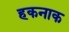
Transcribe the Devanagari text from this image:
हकनाक